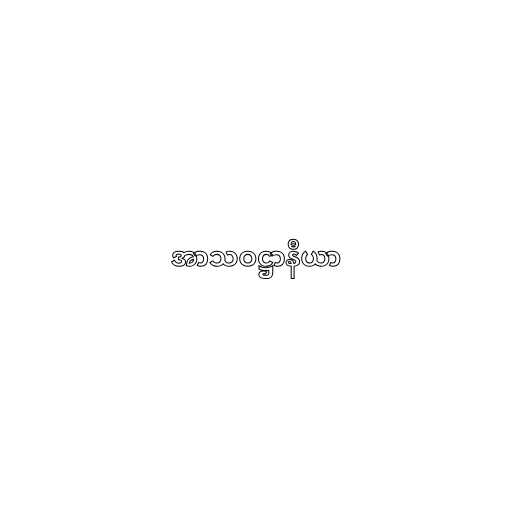
အာသဝဋ္ဌာနီယာ